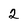
Character: 2